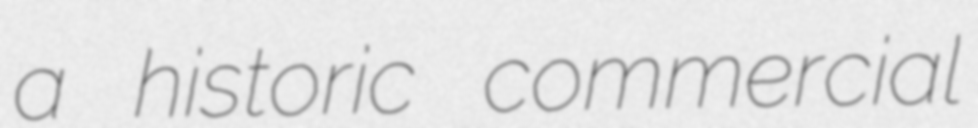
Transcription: a historic commercial